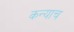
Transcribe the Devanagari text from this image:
कन्याच